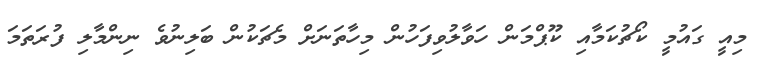
މިއީ ގައުމީ ކޯޗުކަމާއި ކޫޕްމަން ހަވާލުވިފަހުން މިހާތަނަށް މެޗަކުން ބަލިނުވެ ނިންމާލި ފުރަތަމަ